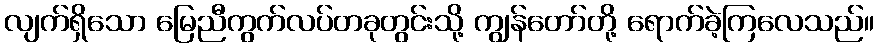
လျက်ရှိသော မြေညီကွက်လပ်တခုတွင်းသို့ ကျွန်တော်တို့ ရောက်ခဲ့ကြလေသည်။